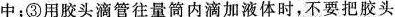
中；③用胶头滴管往量筒内滴加液体时，不要把胶头